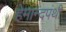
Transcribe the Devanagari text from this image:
हेमान्दपंथी